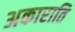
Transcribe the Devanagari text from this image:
अकाराति